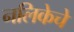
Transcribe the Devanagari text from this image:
नलिकेचे